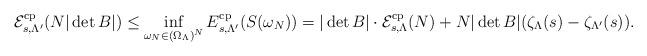
LaTeX: \begin{align*} \mathcal{E}_{s,\Lambda'}^{\rm cp}(N|\det B|)&\leq \inf_{\omega_N\in(\Omega_{\Lambda})^N} E_{s,\Lambda'}^{\rm cp}(S(\omega_N))=|\det B| \cdot \mathcal{E}_{s,\Lambda}^{\rm cp}(N)+N|\det B|(\zeta_\Lambda(s)-\zeta_{\Lambda'}(s)). \end{align*}